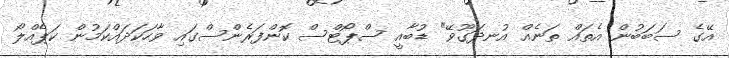
އޭގެ ސަބަބުން އެތައް ތަނެއް އުނދަގޫވޭ" ޑުބާއީ ސްޕޯޓްސް ކޮންފަރެންސްގައި ވާހަކަދައްކަމުން ކަޕެއްލޯ